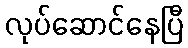
လုပ်ဆောင်နေပြီ